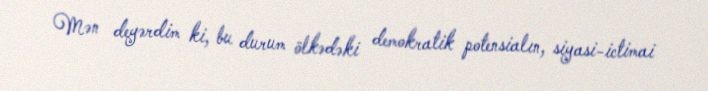
Mən deyərdim ki, bu durum ölkədəki demokratik potensialın, siyasi-ictimai